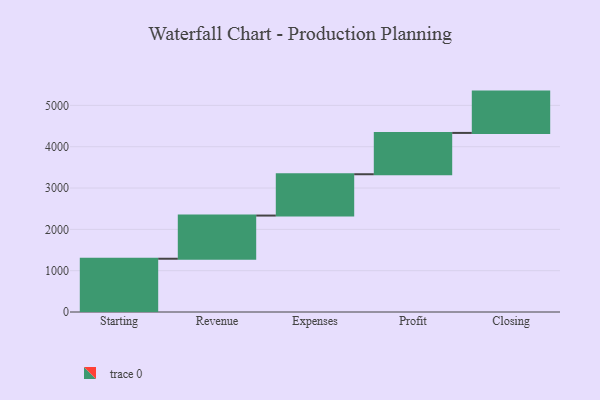
{"axis": {"x": "Step", "y": "Value"}, "legend": [""], "data": [{"x": "Starting", "y": 1289.0, "type": ""}, {"x": "Revenue", "y": 1045.0, "type": ""}, {"x": "Expenses", "y": 1000, "type": ""}, {"x": "Profit", "y": 1000, "type": ""}, {"x": "Closing", "y": 1000, "type": ""}]}